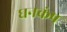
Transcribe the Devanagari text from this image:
घनकंप